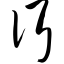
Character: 佴